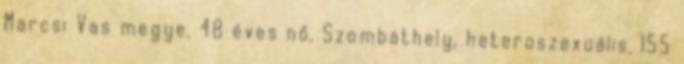
Marcsi Vas megye, 48 éves nő, Szombathely, heteroszexuális, 155